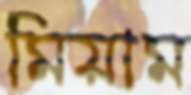
মিয়াম